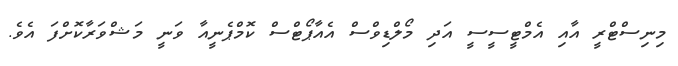
މިނިސްޓްރީ އާއި އެމްޓީސީސީ އަދި މޯލްޑިވްސް އެއާޕޯޓްސް ކޮމްޕެނީއާ ވަނީ މަޝްވަރާކޮށްފަ އެވެ.